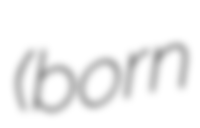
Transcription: (born